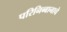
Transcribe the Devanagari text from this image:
परिनिब्बानाचे